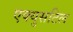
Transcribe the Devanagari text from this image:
एक्युसटिल